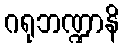
ဂရုဘဏ္ဍာနိ